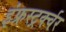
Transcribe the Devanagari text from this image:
इंफ्रस्ट्रर्क्चर